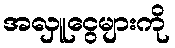
အလှူငွေများကို